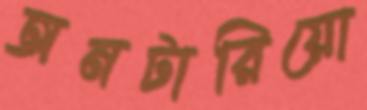
অনটারিয়ো